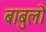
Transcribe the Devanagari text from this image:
बाबुलो